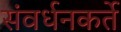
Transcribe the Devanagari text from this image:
संवर्धनकर्ते